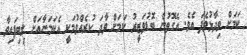
ކަމަށް ވިދާޅުވެފަ އެވެ. އެގޮތުން ބޮޑުވަޒީރު ކަމަށް ވާދަ ކުރެއްވުމަކީ އެކަމަނާއަށް ލިބިފައިވާ